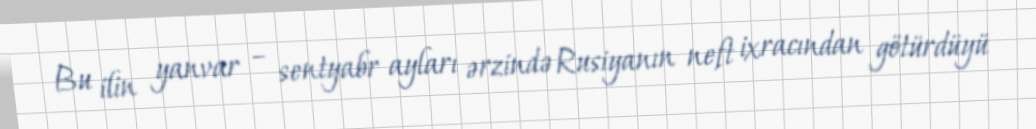
Bu ilin yanvar – sentyabr ayları ərzində Rusiyanın neft ixracından götürdüyü